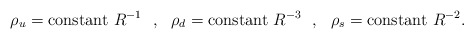
\begin{align*}\rho_u = {\rm constant~} R^{-1} ~~,~~ \rho_d = {\rm constant~} R^{-3} ~~,~~\rho_s = {\rm constant~} R^{-2} .\end{align*}